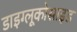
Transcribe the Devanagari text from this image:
डाइग्लूकोसाइड